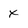
Character: X